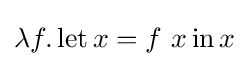
\lambda f.\operatorname {let} x=f\ x\operatorname {in} x